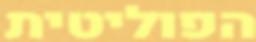
הפוליטית